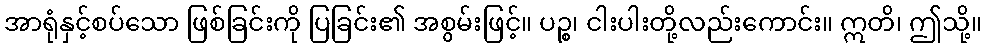
အာရုံနှင့်စပ်သော ဖြစ်ခြင်းကို ပြခြင်း၏ အစွမ်းဖြင့်။ ပဉ္စ၊ ငါးပါးတို့လည်းကောင်း။ ဣတိ၊ ဤသို့။